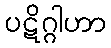
ပဋိဂ္ဂါဟာ